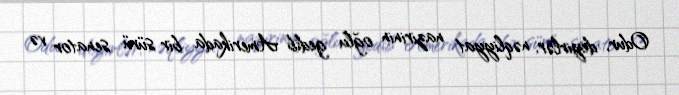
Odur, deyirlər, nəqliyyat nazirinin oğlu gedib Amerikada bir sürü senator və